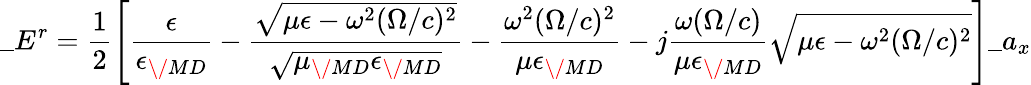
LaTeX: \_ E^{r}={\frac{1}{2}}\Bigg[{\frac{\epsilon}{\epsilon_{\/ {MD}}}}-{\frac{\sqrt{\mu\epsilon-\omega^{2}(\Omega/c)^{2}}}{\sqrt{\mu_{\/ {MD}}\epsilon_{\/ {MD}}}}}-{\frac{\omega^{2}(\Omega/c)^{2}}{\mu\epsilon_{\/ {MD}}}}-j{\frac{\omega(\Omega/c)}{\mu\epsilon_{\/ {MD}}}}\sqrt{\mu\epsilon-\omega^{2}(\Omega/c)^{2}}\Bigg]\_ a_{x}